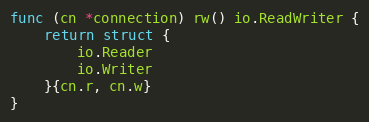
Language: Go
func (cn *connection) rw() io.ReadWriter {
	return struct {
		io.Reader
		io.Writer
	}{cn.r, cn.w}
}